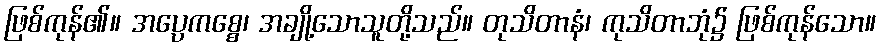
ဖြစ်ကုန်၏။ အပ္ပေကစ္စေ၊ အချို့သောသူတို့သည်။ တုသိတာနံ၊ ကုသိတာဘုံ၌ ဖြစ်ကုန်သော။